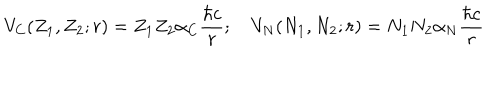
V _ { C } ( Z _ { 1 } , Z _ { 2 } ; r ) = Z _ { 1 } Z _ { 2 } \alpha _ { C } { \frac { \hbar c } { r } } ; V _ { N } ( N _ { 1 } , N _ { 2 } ; r ) = N _ { 1 } N _ { 2 } \alpha _ { N } { \frac { \hbar c } { r } }